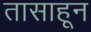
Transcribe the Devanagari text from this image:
तासाहून